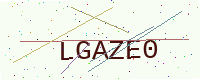
Text: LGAZE0